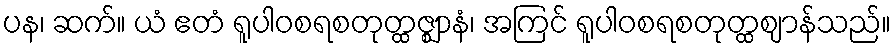
ပန၊ ဆက်။ ယံ ဧတံ ရူပါဝစရစတုတ္ထဇ္ဈာနံ၊ အကြင် ရူပါဝစရစတုတ္ထဈာန်သည်။